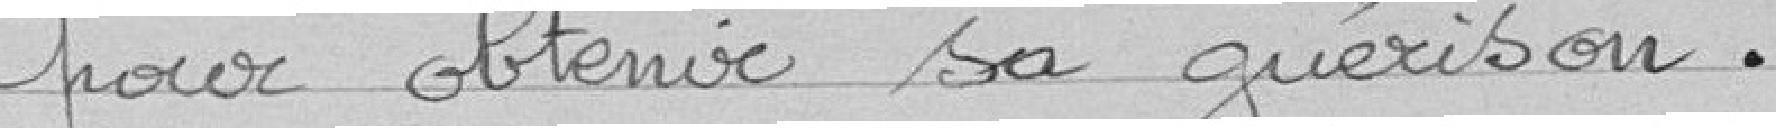
pour obtenir sa guérison.